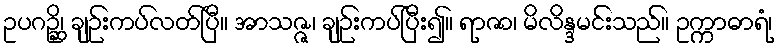
ဥပဂဉ္ဆိ၊ ချဉ်းကပ်လတ်ပြီ။ အာသဇ္ဇ၊ ချဉ်းကပ်ပြီး၍။ ရာဇာ၊ မိလိန္ဒမင်းသည်။ ဥက္ကာဓာရံ၊